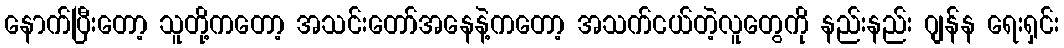
နောက်ပြီးတော့ သူတို့ကတော့ အသင်းတော်အနေနဲ့ကတော့ အသက်ငယ်တဲ့လူတွေကို နည်းနည်း ဂျန်န ရေးရှင်း